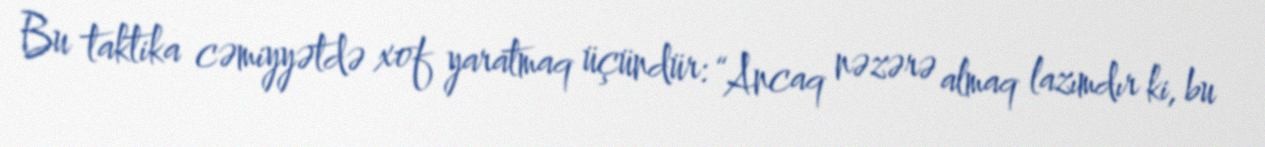
Bu taktika cəmiyyətdə xof yaratmaq üçündür: “Ancaq nəzərə almaq lazımdır ki, bu